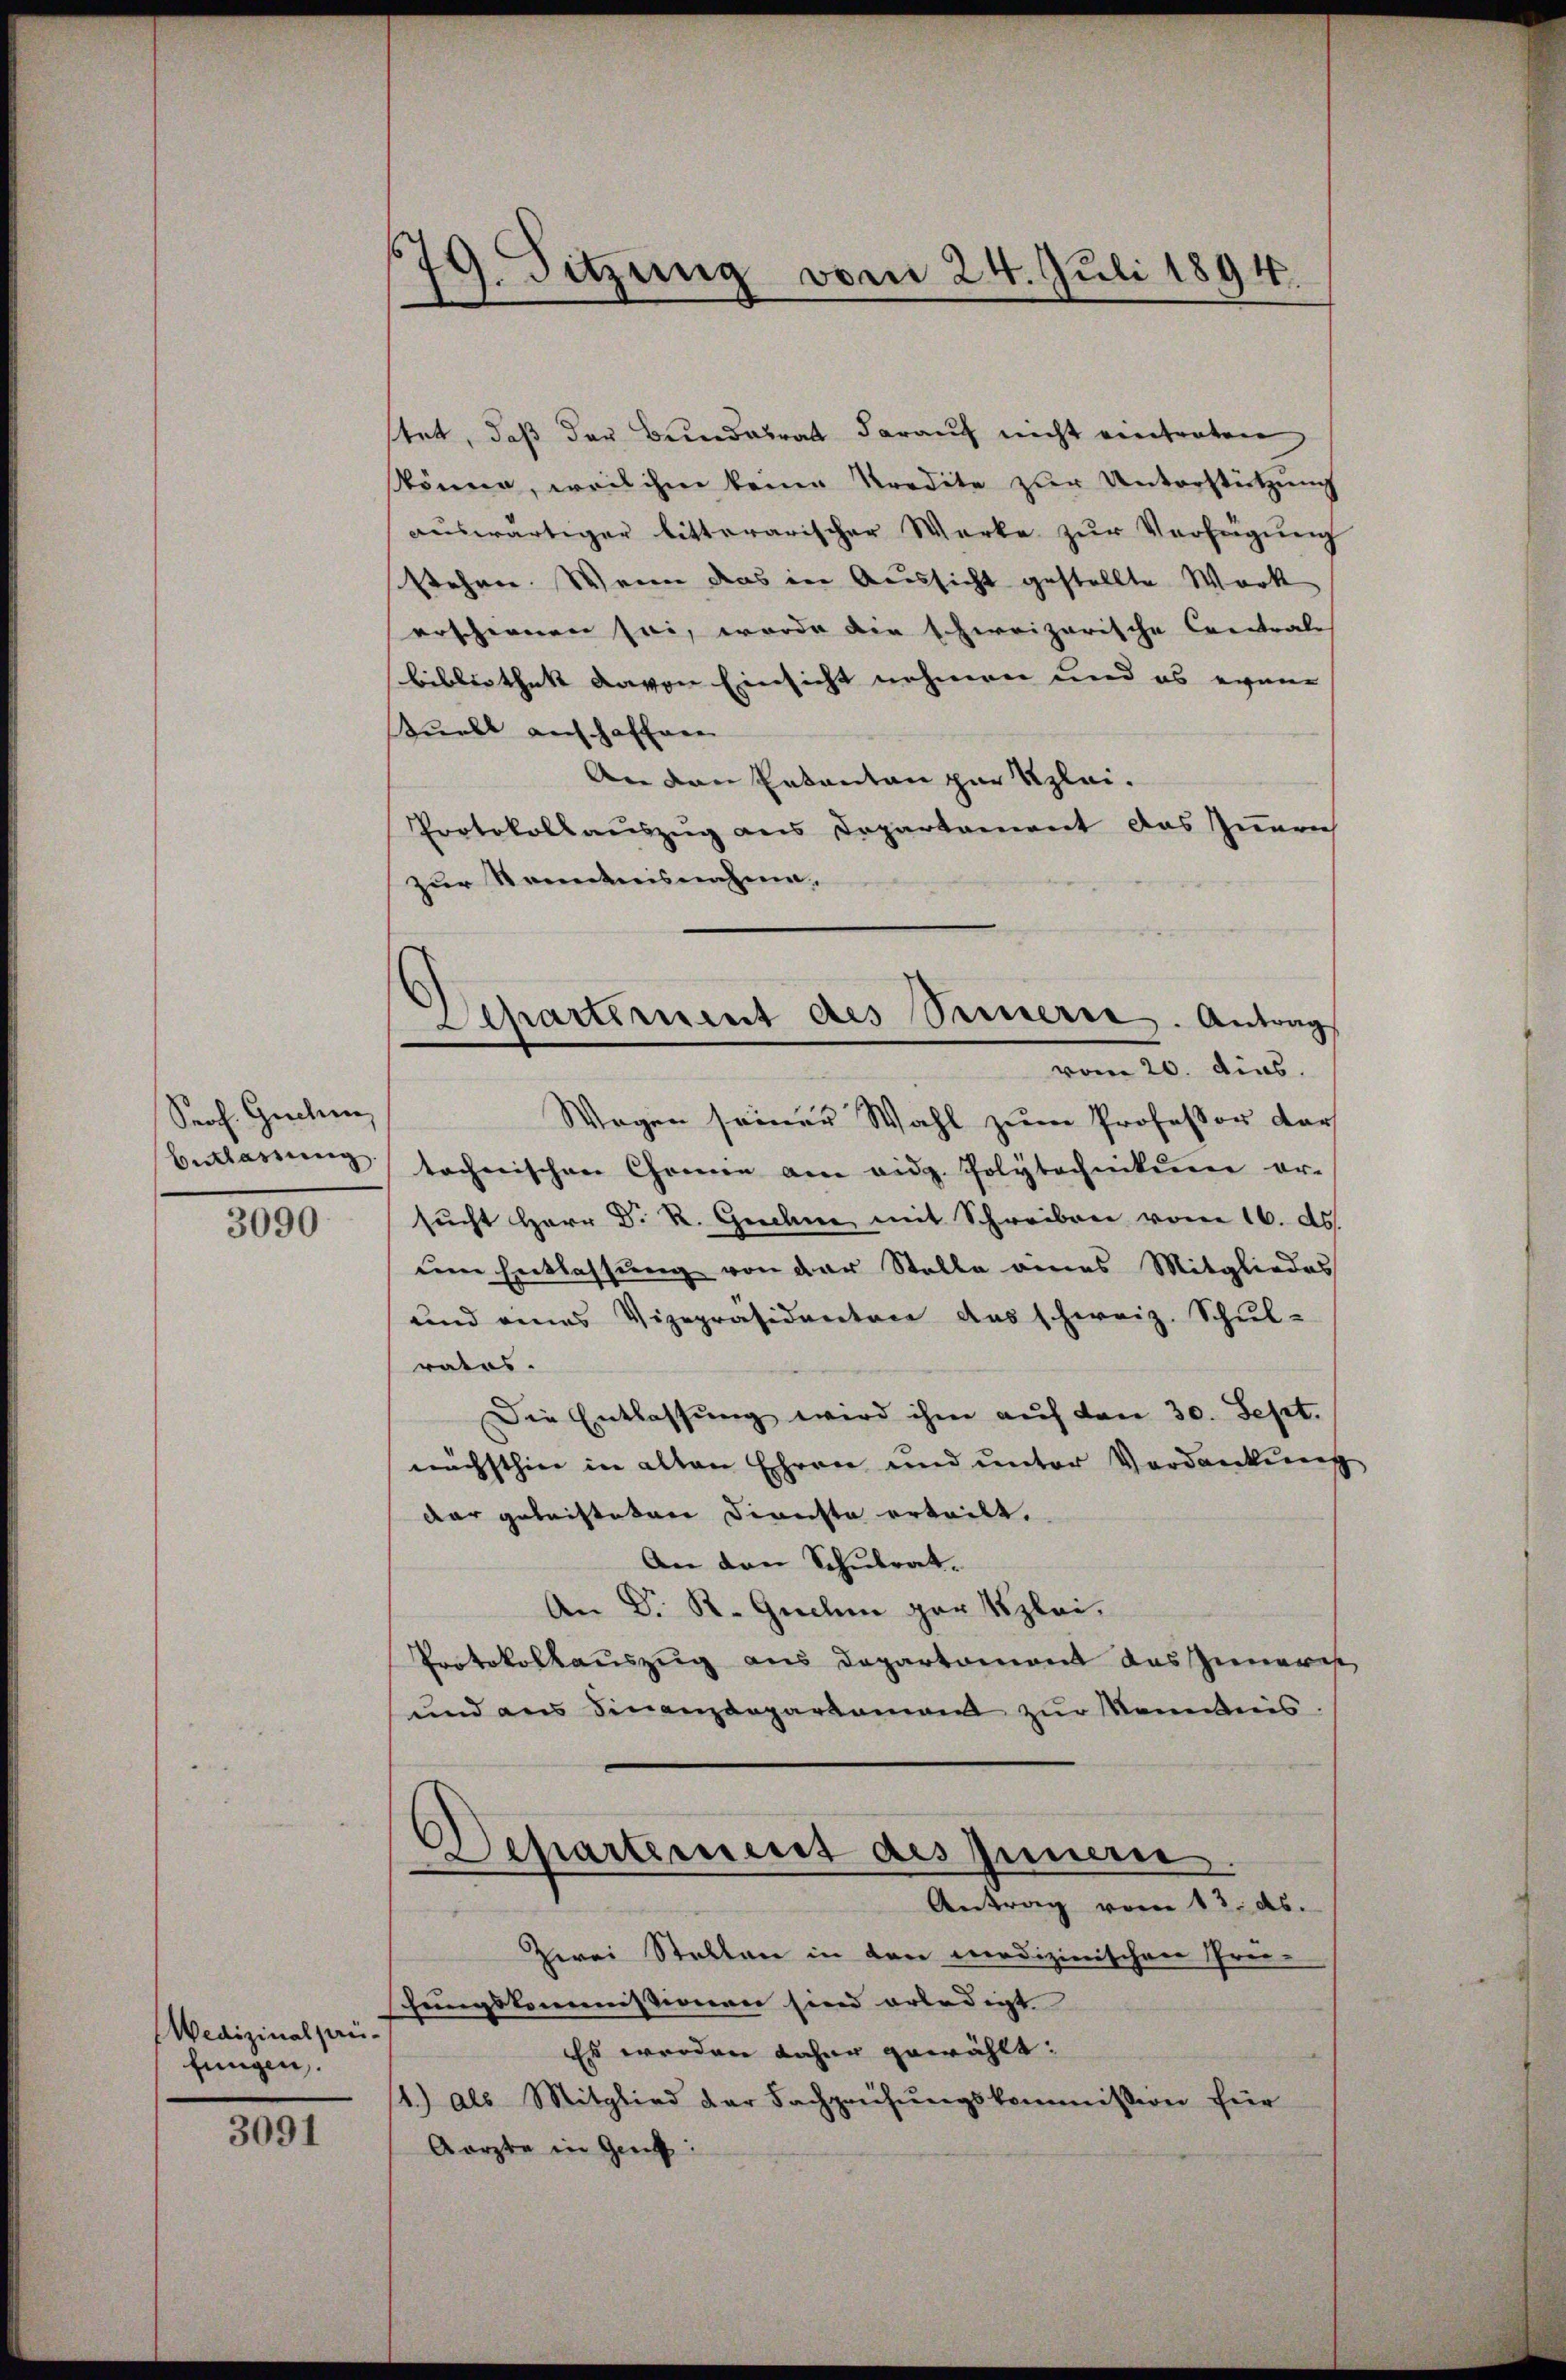
Prof. Guchen,
3090

Wedizinalpaufungen.

3091

79. Sitzung vom 24. Juli 1894.

stet, daß der Bundesrat darauf nicht eintraten
skönne, weil ihm keine Predite zur Unterstützŭng
aŭswärtiger bitterarischer Werke zŭr Verfügŭng
stehen. Wenn das in Aussicht gestellte Werk
erschienen sei, worde die Ehereizerische Contrale
bibliothek davon Einsicht nehmen und es einer
tuell anschaffnen
An den Erkanton zur Klei¬
Protokollsauszug aus Departement das Innen
zur Kenntnisnahme.
Wagen seiner Wahl zum Professor der
belassŭng technischen Chomie am eidg. Polytechnikum er-
sucht Herr D. R. Gachne mit Schreiben vom 16. ds
dem Entlassung von der Stelle eines Mitgliedes
und eines Vizepräsidenten das schweiz. Schŭl-
ratus.
Die Entlassŭng wird ihm auf den 30. Sept.
nächsthin in alten Ehren und unter Verdankŭng
dar geleisteten Direchte erteilt.
An den Schulrat.
An Dr. R. Gnehm per Klei¬
Portokollauszug aus Departement das Inneres
und ans Finanzdepartamand zŭr Nominis.
Departement des Innen
Antrag vom 13. ds.
Zwei Stellen in den medizinischen Prei-
hungskommissionen sind erledigt
Es werden daher gewählt:
1.) als Mitglied der Fachprüfŭngskommission für
Aarzte in Genf

Departement des Seinerie. Antrag
vom 20. dies